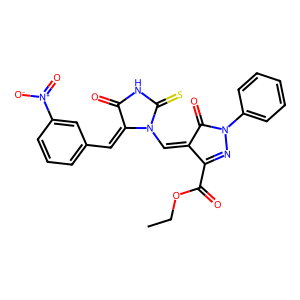
SMILES: CCOC(=O)C1=NN(c2ccccc2)C(=O)C1=CN1C(=S)NC(=O)C1=Cc1cccc([N+](=O)[O-])c1
Inhibits HIV replication: No